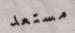
مستعد